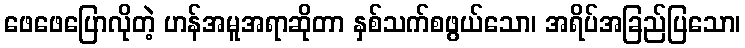
ဖေဖေပြောလိုတဲ့ ဟန်အမူအရာဆိုတာ နှစ်သက်စဖွယ်သော၊ အရိပ်အခြည်ပြသော၊